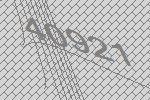
40921